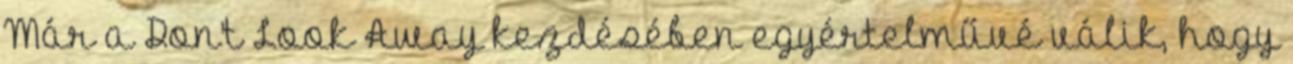
Már a Don’t Look Away kezdésében egyértelművé válik, hogy